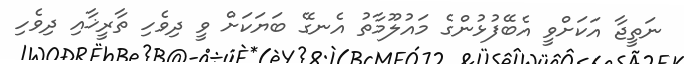
ނަތީޖާ އަކަށްވީ އެބޭފުޅުންގެ މައުލޫމާތު އެނގޭ ބަޔަކަށް ވީ ދިވެހި ތާރީޚާއި ދިވެހި